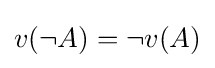
v(\lnot A)=\lnot v(A)